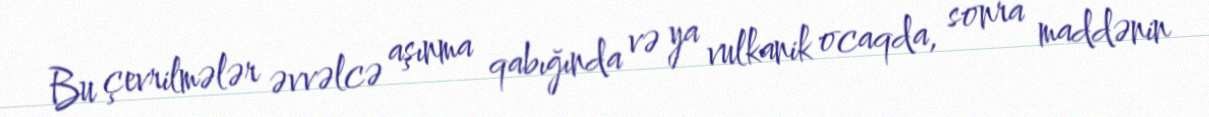
Bu çevrilmələr əvvəlcə aşınma qabığında və ya vulkanik ocaqda, sonra maddənin